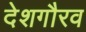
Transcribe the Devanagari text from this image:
देशगौरव